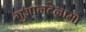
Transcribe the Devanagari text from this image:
गुआनटेनामो